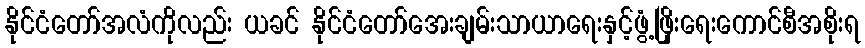
နိုင်ငံတော်အလံကိုလည်း ယခင် နိုင်ငံတော်အေးချမ်းသာယာရေးနှင့်ဖွံ့ဖြိုးရေးကောင်စီအစိုးရ